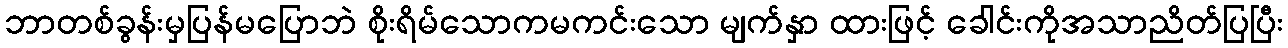
ဘာတစ်ခွန်းမှပြန်မပြောဘဲ စိုးရိမ်သောကမကင်းသော မျက်နှာ ထားဖြင့် ခေါင်းကိုအသာညိတ်ပြပြီး